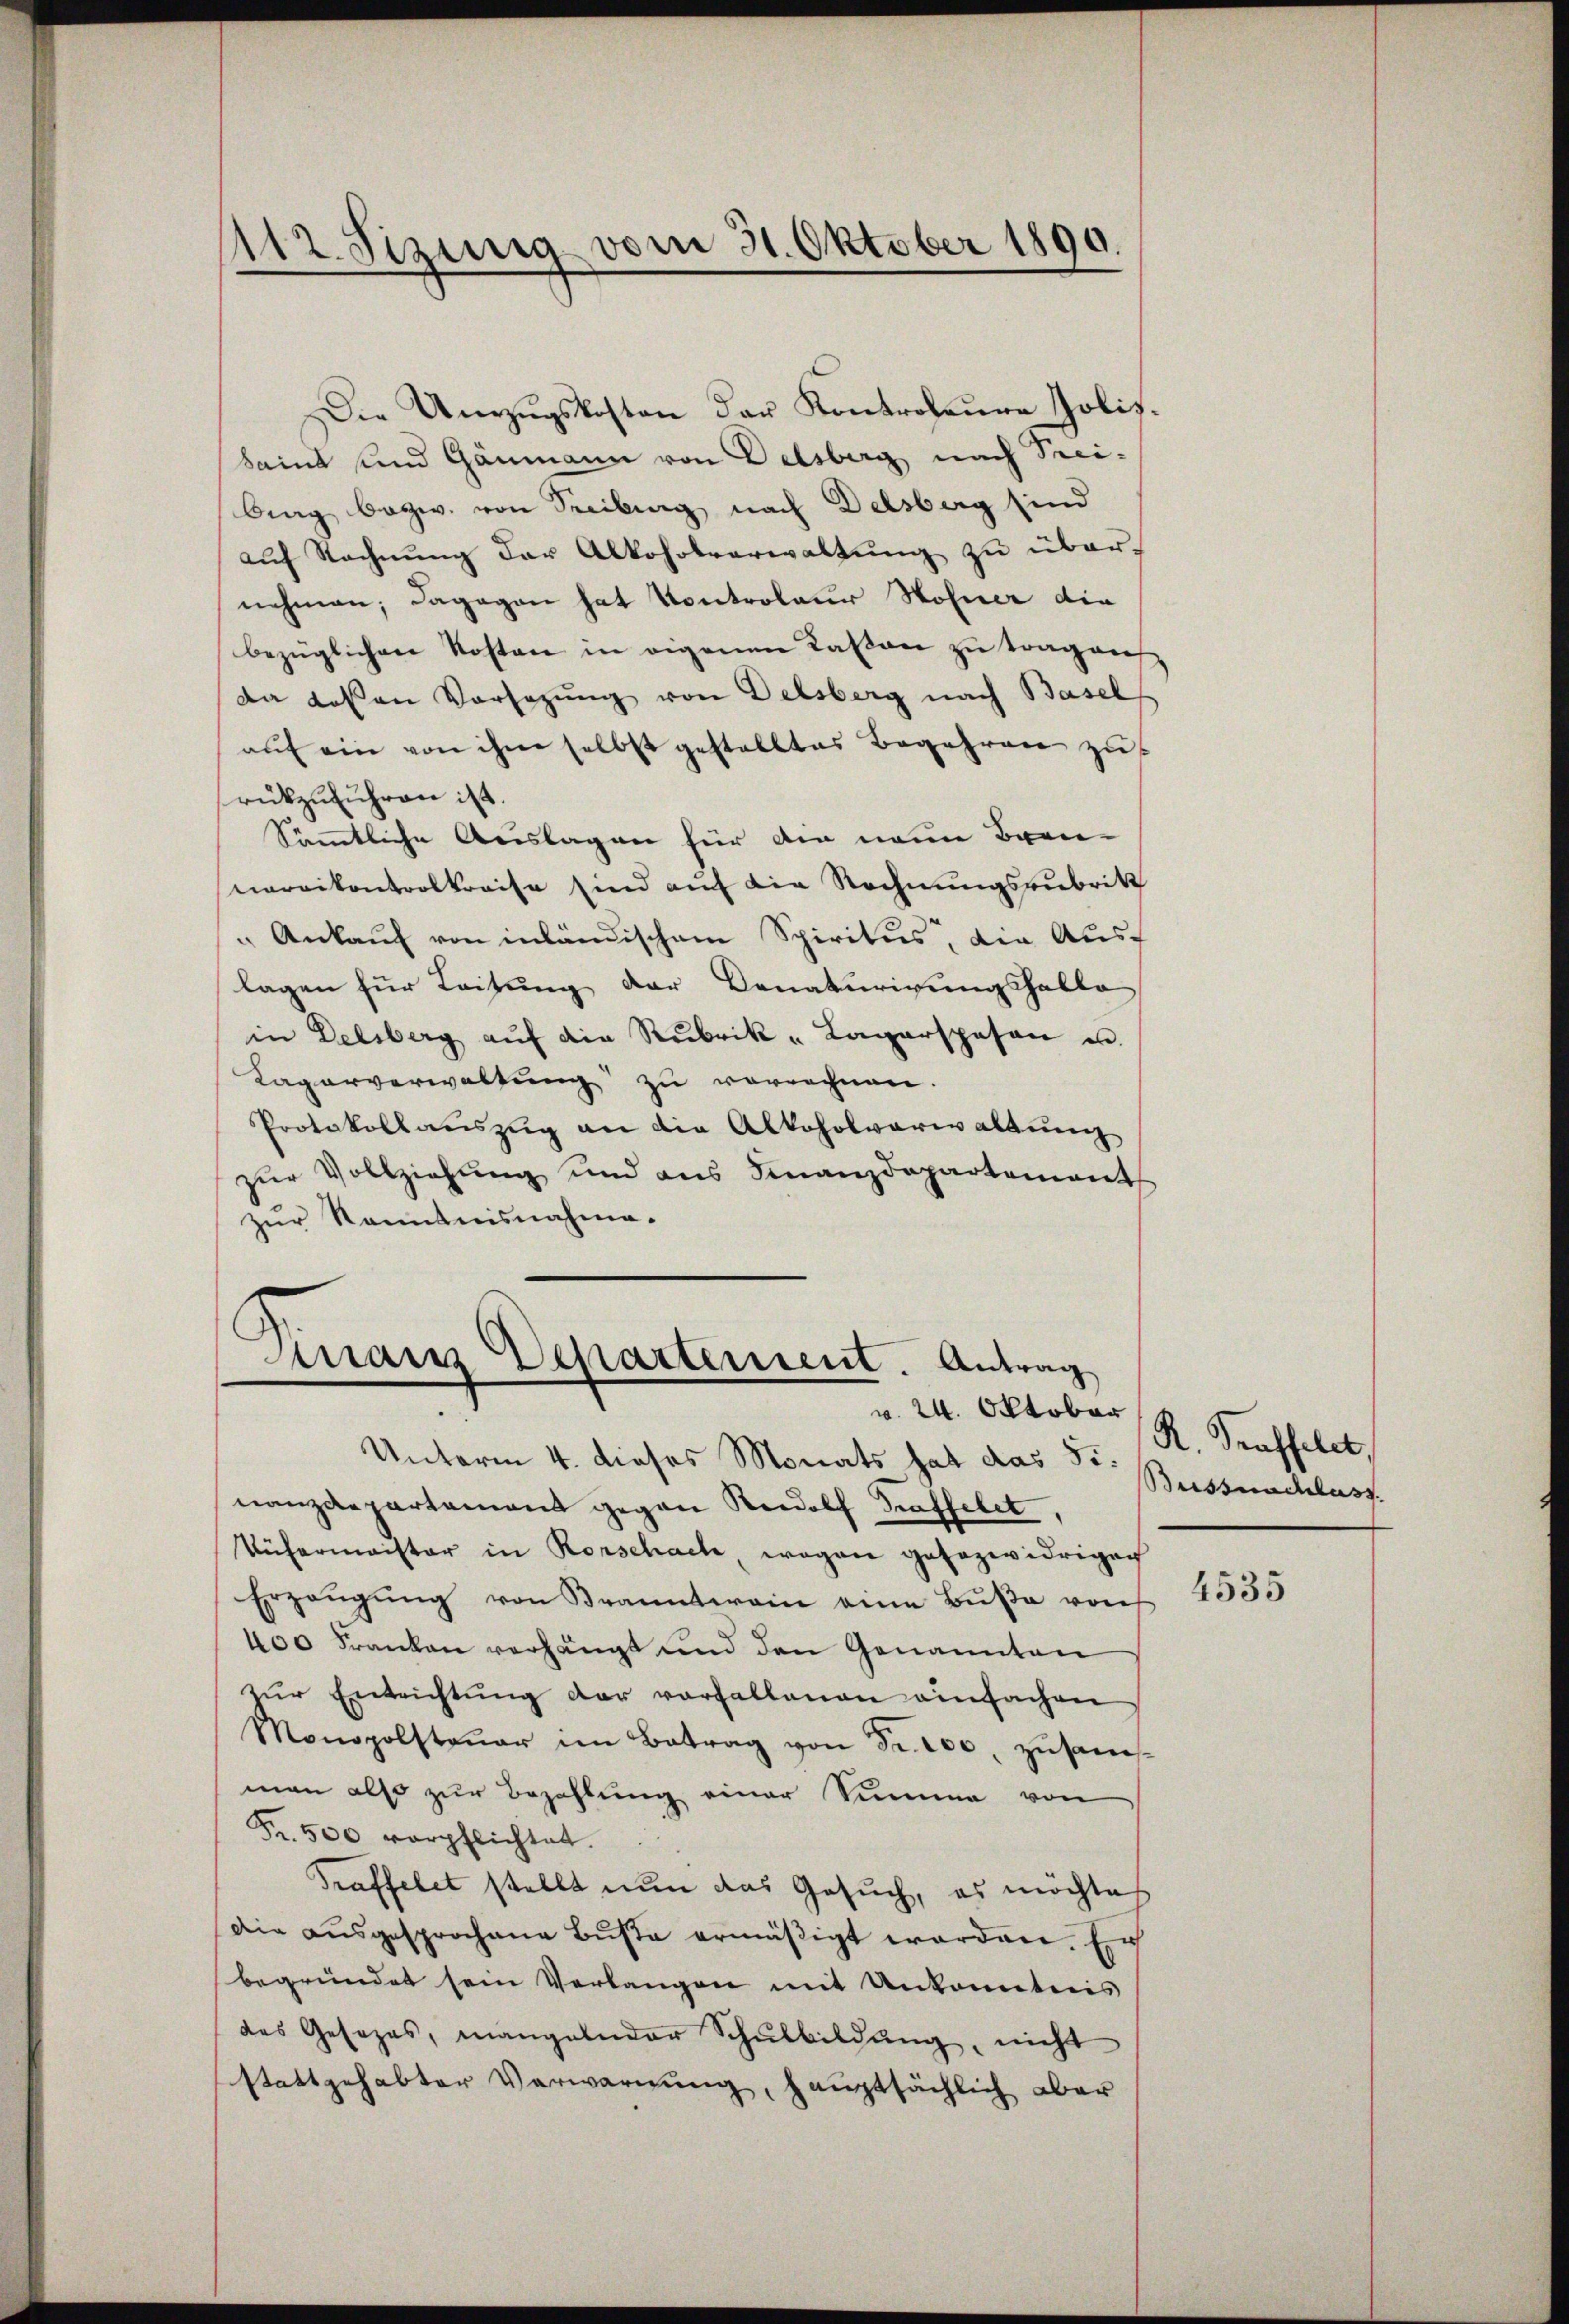
112. Sizung vom 31. Oktober 1890.

Die Unzŭgskosten der Kontroleure Polis-
Saint und Gaumann von Delsberg nach Trei¬
Ang bezw. von Treiburg nach Delsburg sind
auf Rechnung der Alkoholverwaltung zu über-
nehmen; dagegen hat Kontroleur Hofner die
bezüglichen Kosten in eigenen Kaßen zu tragen
da dassen Vorsezung von Delsberg nach Basel
auf ein von ihm selbst gestelltes Begehren zu
rückzuführen ist.
Sämmtliche Auslagen für die neue Bran-
maraikontrolkreise sind auf die Rechnungszubrik
" Ankauf von inländischem Spiritus, die Ausf
lagen für Leitung der Donaturigungshalte
in Delsberg aŭf die Rubrik- Lagerspesen un
Lagorverwaltung zu verrechnen.
Protokollauszug an die Alkoholverwaltung
zŭr Vollziehung und ans Finanzdepartement
zur Kenntnisnahme.

Manz Departement. Antrag
v. 24. Oktober

Unterm 4. dieses Monats hat das Si.
nanzdepartement gegen Rudolf Graffelet
Vüfermaister in Rorschache wegen gesezwidrigen
Erzeŭgŭng von Branntwein eine Bŭβe von
400 Franken verhängt und den Genannten
zŭr Entrichtung der vorfallenen einfachen
Monopolsteŭer in Betrag von Fr. 100 zŭsams
man also zur Bezahlung einer Summe von
Fr. 500 verpflichtet.
Traffelet stellt nŭn das Gesŭch, es möchte
Die ausgesprochene Bŭsse ermäßigt worden. Er
begründet sein Verlangen mit Unkonntnis
das Gesezes, mangelnder Schŭlbildŭng, nicht
stattgehabter Verwarnŭng, hauptsächlich aber

R. Traffelet,
Bussnachlass

4535